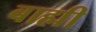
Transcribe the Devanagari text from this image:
बाह्मी